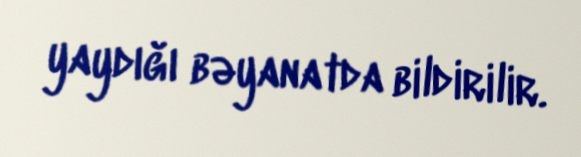
yaydığı bəyanatda bildirilir.